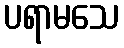
ပရာမသေ